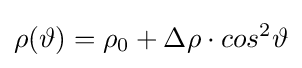
\rho (\vartheta )=\rho _{0}+\Delta \rho \cdot cos^{2}\vartheta